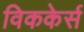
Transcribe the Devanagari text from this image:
विककेर्स